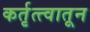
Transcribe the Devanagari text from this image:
कर्तृत्त्वातून